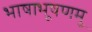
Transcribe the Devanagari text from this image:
भाषाभूषणमु